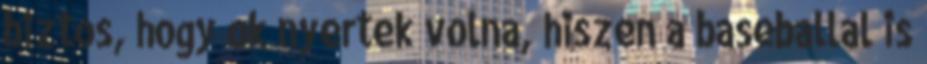
biztos, hogy ok nyertek volna, hiszen a baseballal is